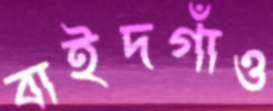
বাইদগাঁও